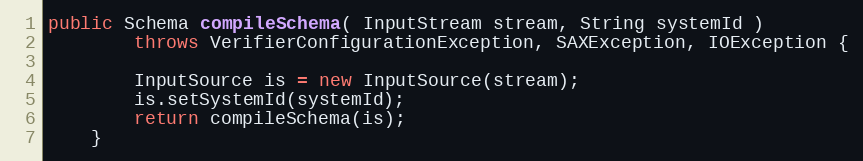
Language: Java
public Schema compileSchema( InputStream stream, String systemId )
		throws VerifierConfigurationException, SAXException, IOException {

		InputSource is = new InputSource(stream);
		is.setSystemId(systemId);
		return compileSchema(is);
	}